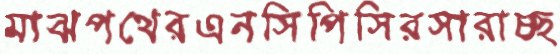
মাঝপথেরএনসিপিসিরসারাচ্ছ